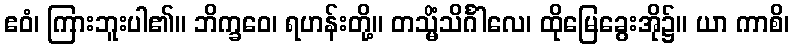
ဧဝံ၊ ကြားဘူးပါ၏။ ဘိက္ခဝေ၊ ရဟန်းတို့။ တသ္မိံသိင်္ဂါလေ၊ ထိုမြေခွေးအို၌။ ယာ ကာစိ၊